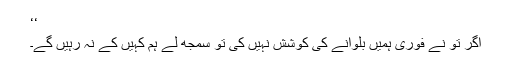
‘‘
اگر تو نے فوری ہمیں بلوانے کی کوشش نہیں کی تو سمجھ لے ہم کہیں کے نہ رہیں گے۔